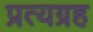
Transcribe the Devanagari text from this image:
प्रत्यग्रह